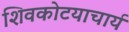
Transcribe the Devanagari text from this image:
शिवकोटयाचार्य